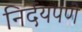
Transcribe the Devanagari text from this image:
निर्दयपणे